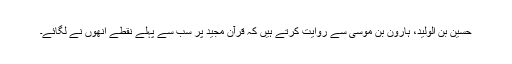
حسین بن الولید، ہارون بن موسیٰ سے روایت کرتے ہیں کہ قرآن مجید پر سب سے پہلے نقطے انھوں نے لگائے۔